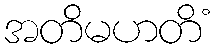
အတိမဟတိံ